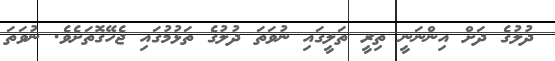
ދުލުގެ ދަށް އިންނަނީ ތިރީ ތަލީގައި ނުވަތަ ދުލުގެ ތަޅުމުގައި ޖެހޭގޮތަށެވެ. ނުވަތަ